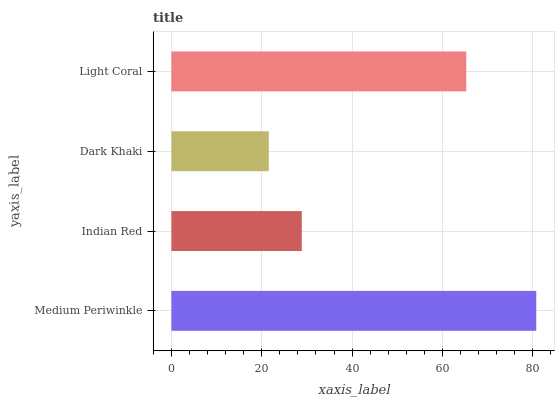
| yaxis_label | bars |
 | --- | --- |
 | Medium Periwinkle | 80.8 |
 | Indian Red | 28.9 |
 | Dark Khaki | 21.6 |
 | Light Coral | 65.3 |